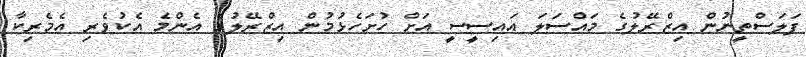
ފަލަސްތީނުން އިޒްރޭލުގެ މައްސަލަ އައިސީސީ އަށް ހުށަހެޅުމުން އިޒްރޭލުގެ އެންމެ އެކުވެރި އެމެރިކާ